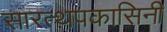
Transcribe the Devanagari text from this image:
सारत्थपकासिनी